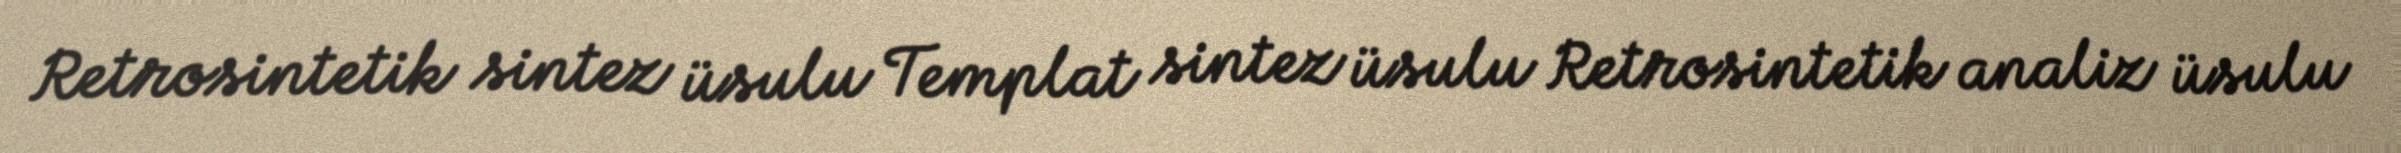
Retrosintetik sintez üsulu Templat sintez üsulu Retrosintetik analiz üsulu